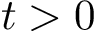
t > 0